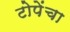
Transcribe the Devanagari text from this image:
टोपेंचा